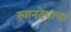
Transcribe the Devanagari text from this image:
खानदेशाचा